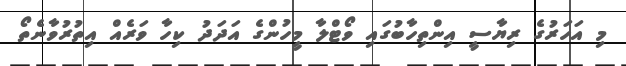
މި އަހަރުގެ ރިޔާސީ އިންތިހާބުގައި ވޯޓްލާ މީހުންގެ އަދަދު ކިހާ ވަރެއް އިތުރުވާނެތޯ